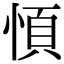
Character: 㥧